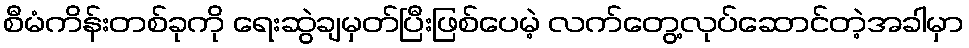
စီမံကိန်းတစ်ခုကို ရေးဆွဲချမှတ်ပြီးဖြစ်ပေမဲ့ လက်တွေ့လုပ်ဆောင်တဲ့အခါမှာ